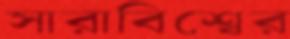
সারাবিশ্বের